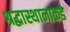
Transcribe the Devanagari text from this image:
श्रद्धास्थानाकडे